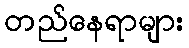
တည်နေရာများ